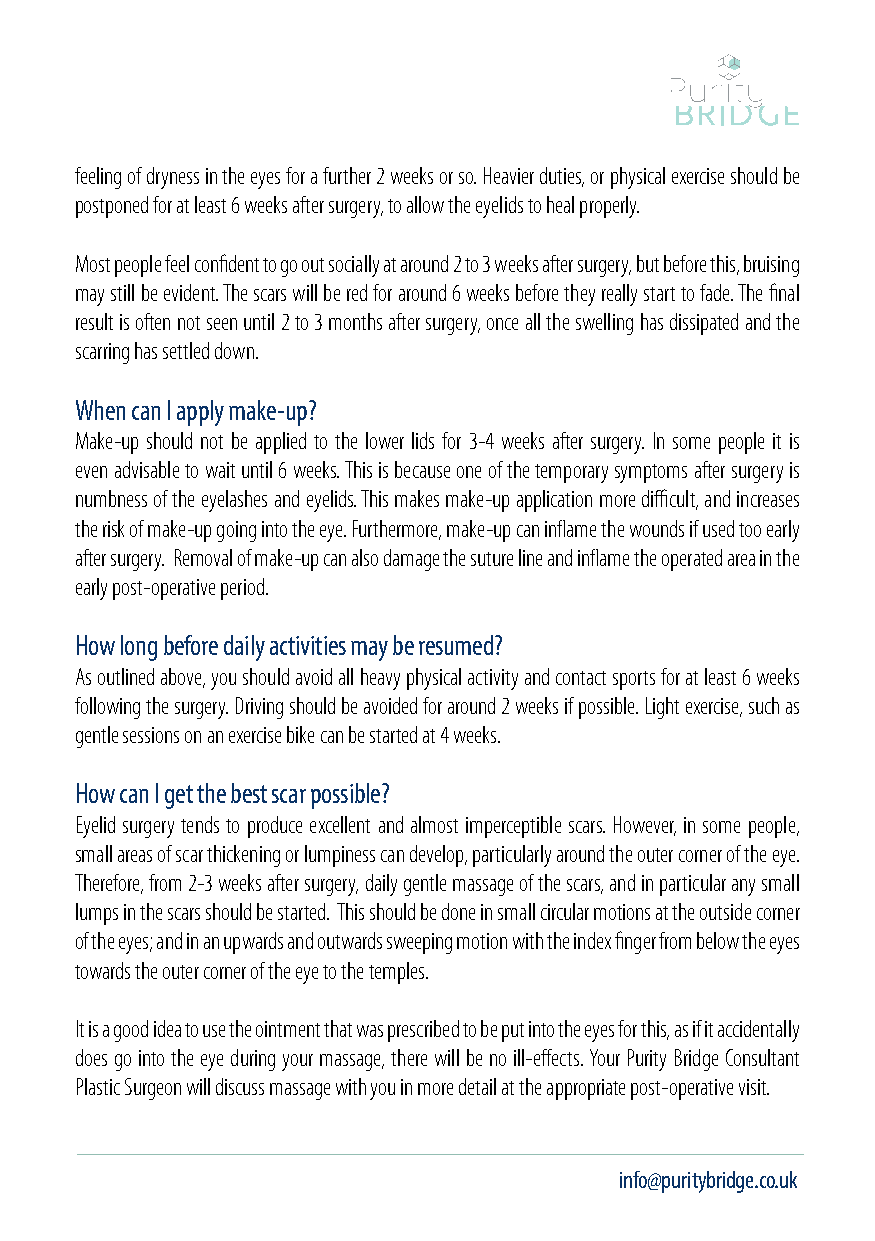
feeling of dryness in the eyes for a further 2 weeks or so. Heavier duties, or physical exercise should be
 postponed for at least 6 weeks after surgery, to allow the eyelids to heal properly.
 Most people feel confident to go out socially at around 2 to 3 weeks after surgery, but before this, bruising
 may still be evident. The scars will be red for around 6 weeks before they really start to fade. The final
 result is often not seen until 2 to 3 months after surgery, once all the swelling has dissipated and the
 scarring has settled down.
 When can I apply make-up?
 Make-up should not be applied to the lower lids for 3-4 weeks after surgery. In some people it is
 even advisable to wait until 6 weeks. This is because one of the temporary symptoms after surgery is
 numbness of the eyelashes and eyelids. This makes make-up application more difficult, and increases
 the risk of make-up going into the eye. Furthermore, make-up can inflame the wounds if used too early
 after surgery. Removal of make-up can also damage the suture line and inflame the operated area in the
 early post-operative period.
 How long before daily activities may be resumed?
 As outlined above, you should avoid all heavy physical activity and contact sports for at least 6 weeks
 following the surgery. Driving should be avoided for around 2 weeks if possible. Light exercise, such as
 gentle sessions on an exercise bike can be started at 4 weeks.
 How can I get the best scar possible?
 Eyelid surgery tends to produce excellent and almost imperceptible scars. However, in some people,
 small areas of scar thickening or lumpiness can develop, particularly around the outer corner of the eye.
 Therefore, from 2-3 weeks after surgery, daily gentle massage of the scars, and in particular any small
 lumps in the scars should be started. This should be done in small circular motions at the outside corner
 of the eyes; and in an upwards and outwards sweeping motion with the index finger from below the eyes
 towards the outer corner of the eye to the temples.
 It is a good idea to use the ointment that was prescribed to be put into the eyes for this, as if it accidentally
 does go into the eye during your massage, there will be no ill-effects. Your Purity Bridge Consultant
 Plastic Surgeon will discuss massage with you in more detail at the appropriate post-operative visit.
 www.puritybridge.co.uk 01892 536 960     info@puritybridge.co.uk